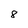
Character: 8